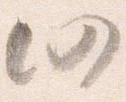
仍